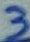
Text: 3